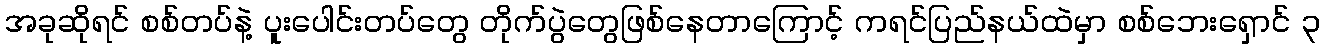
အခုဆိုရင် စစ်တပ်နဲ့ ပူးပေါင်းတပ်တွေ တိုက်ပွဲတွေဖြစ်နေတာကြောင့် ကရင်ပြည်နယ်ထဲမှာ စစ်ဘေးရှောင် ၃